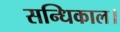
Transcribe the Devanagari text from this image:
सन्धिकाल।